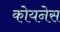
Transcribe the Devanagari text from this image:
कोयनेस